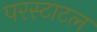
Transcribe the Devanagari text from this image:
परस्टाटल